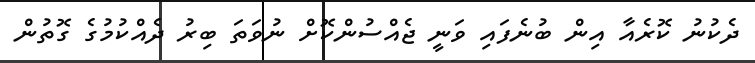
ދެކުނު ކޮރެއާ އިން ބުނެފައި ވަނީ ޖެއްސުންކޮށް ނުވަތަ ބިރު ދެއްކުމުގެ ގޮތުން